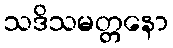
သဒိသမတ္တနော